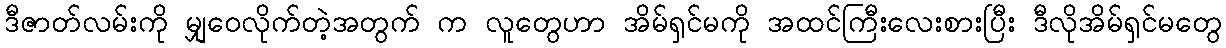
ဒီဇာတ်လမ်းကို မျှဝေလိုက်တဲ့အတွက် က လူတွေဟာ အိမ်ရှင်မကို အထင်ကြီးလေးစားပြီး ဒီလိုအိမ်ရှင်မတွေ